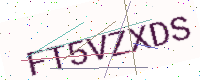
Text: FT5VZXDS